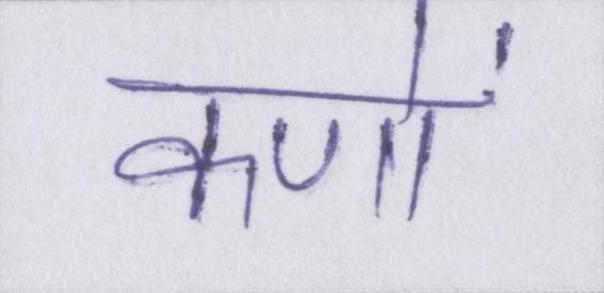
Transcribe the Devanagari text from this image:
कणों